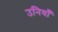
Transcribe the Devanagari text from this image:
उनियाँ